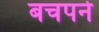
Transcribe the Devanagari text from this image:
बचपने